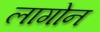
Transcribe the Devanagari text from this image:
लागोन